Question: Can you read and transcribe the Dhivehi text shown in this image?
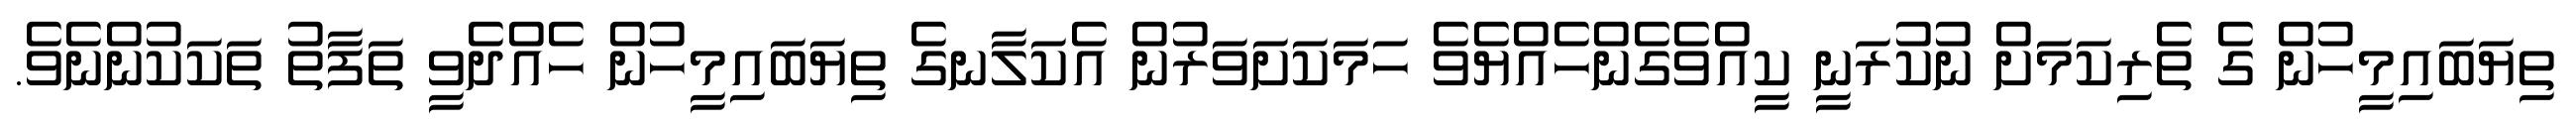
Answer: ތިޔަބައިމީހުން ގެ ތެރިކަމަށް ނުކުރަނީ ކީއްވެގެންހެއްޔެވެ ހަމަކަށަވަރުން އެކަލާނގެ ތިޔަބައިމީހުން ހެއްދެވީ ތަފާތު ތަކަކުންނެވެ.